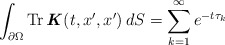
\begin{align*} \int_{\partial \Omega} \operatorname{Tr} \textbf{\textit{K}}(t,x^{\prime},x^{\prime}) \,dS = \sum_{k=1}^{\infty} e^{-t\tau_k}\end{align*}